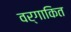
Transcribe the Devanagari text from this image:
वर्गाकित